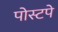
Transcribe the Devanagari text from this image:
पोस्टपे